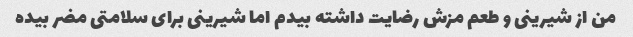
من از شیرینی و طعم مزش رضایت داشته بیدم اما شیرینی برای سلامتی مضر بیده